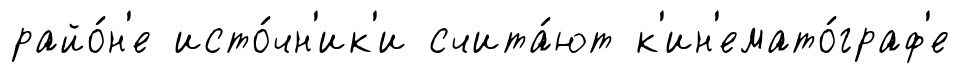
райо́н'е исто́чн'ик'и счита́ют к'ин'емато́граф'е